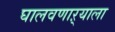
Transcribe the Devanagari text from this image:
घालवणाऱ्याला